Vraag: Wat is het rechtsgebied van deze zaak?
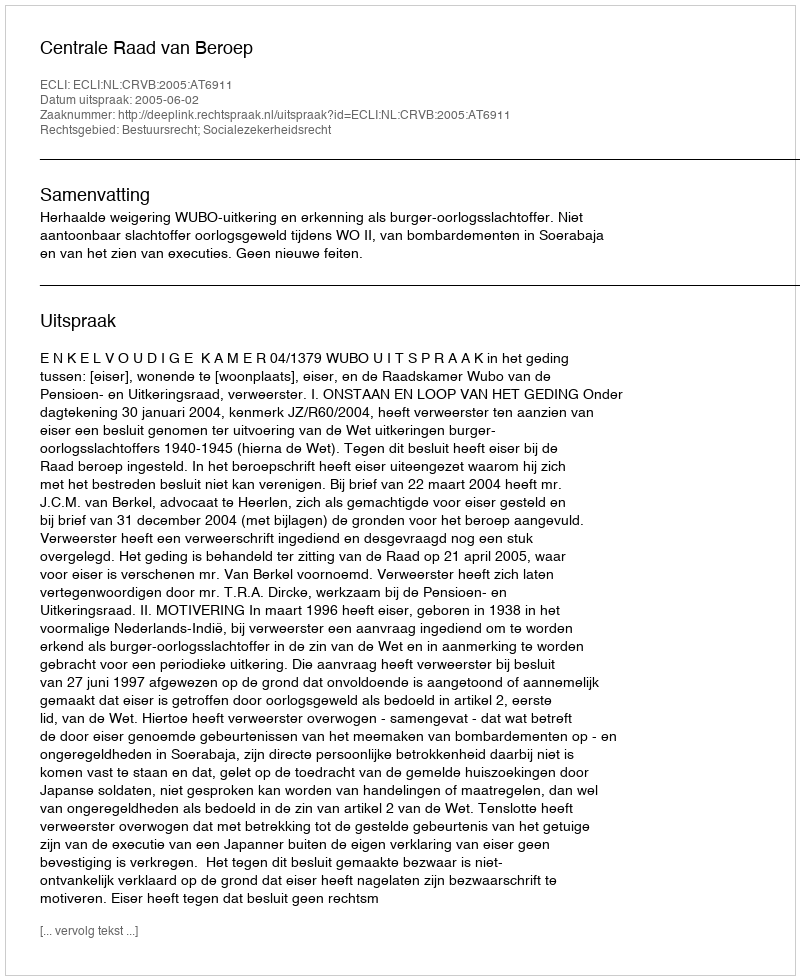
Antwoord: Bestuursrecht; Socialezekerheidsrecht